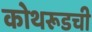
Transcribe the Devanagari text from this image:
कोथरूडची